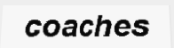
coaches